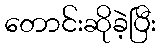
တောင်းဆိုခဲ့ပြီး